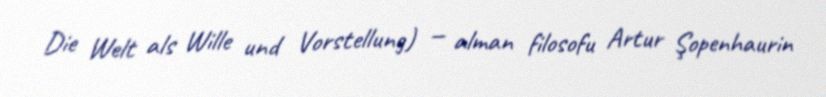
Die Welt als Wille und Vorstellung) — alman filosofu Artur Şopenhaurin